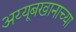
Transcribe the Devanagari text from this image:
अय्यूबखानाच्या